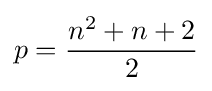
p={\frac {n^{2}+n+2}{2}}